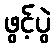
ဖွင့်ပွဲ